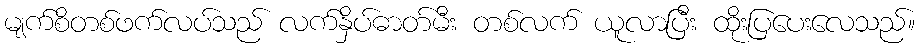
မျက်စိတစ်ဖက်လပ်သည် လက်နှိပ်ဓာတ်မီး တစ်လက် ယူလာပြီး ထိုးပြပေးလေသည်။